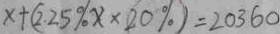
x + ( 2 . 2 5 \% x \times 2 0 \% ) = 2 0 3 6 0